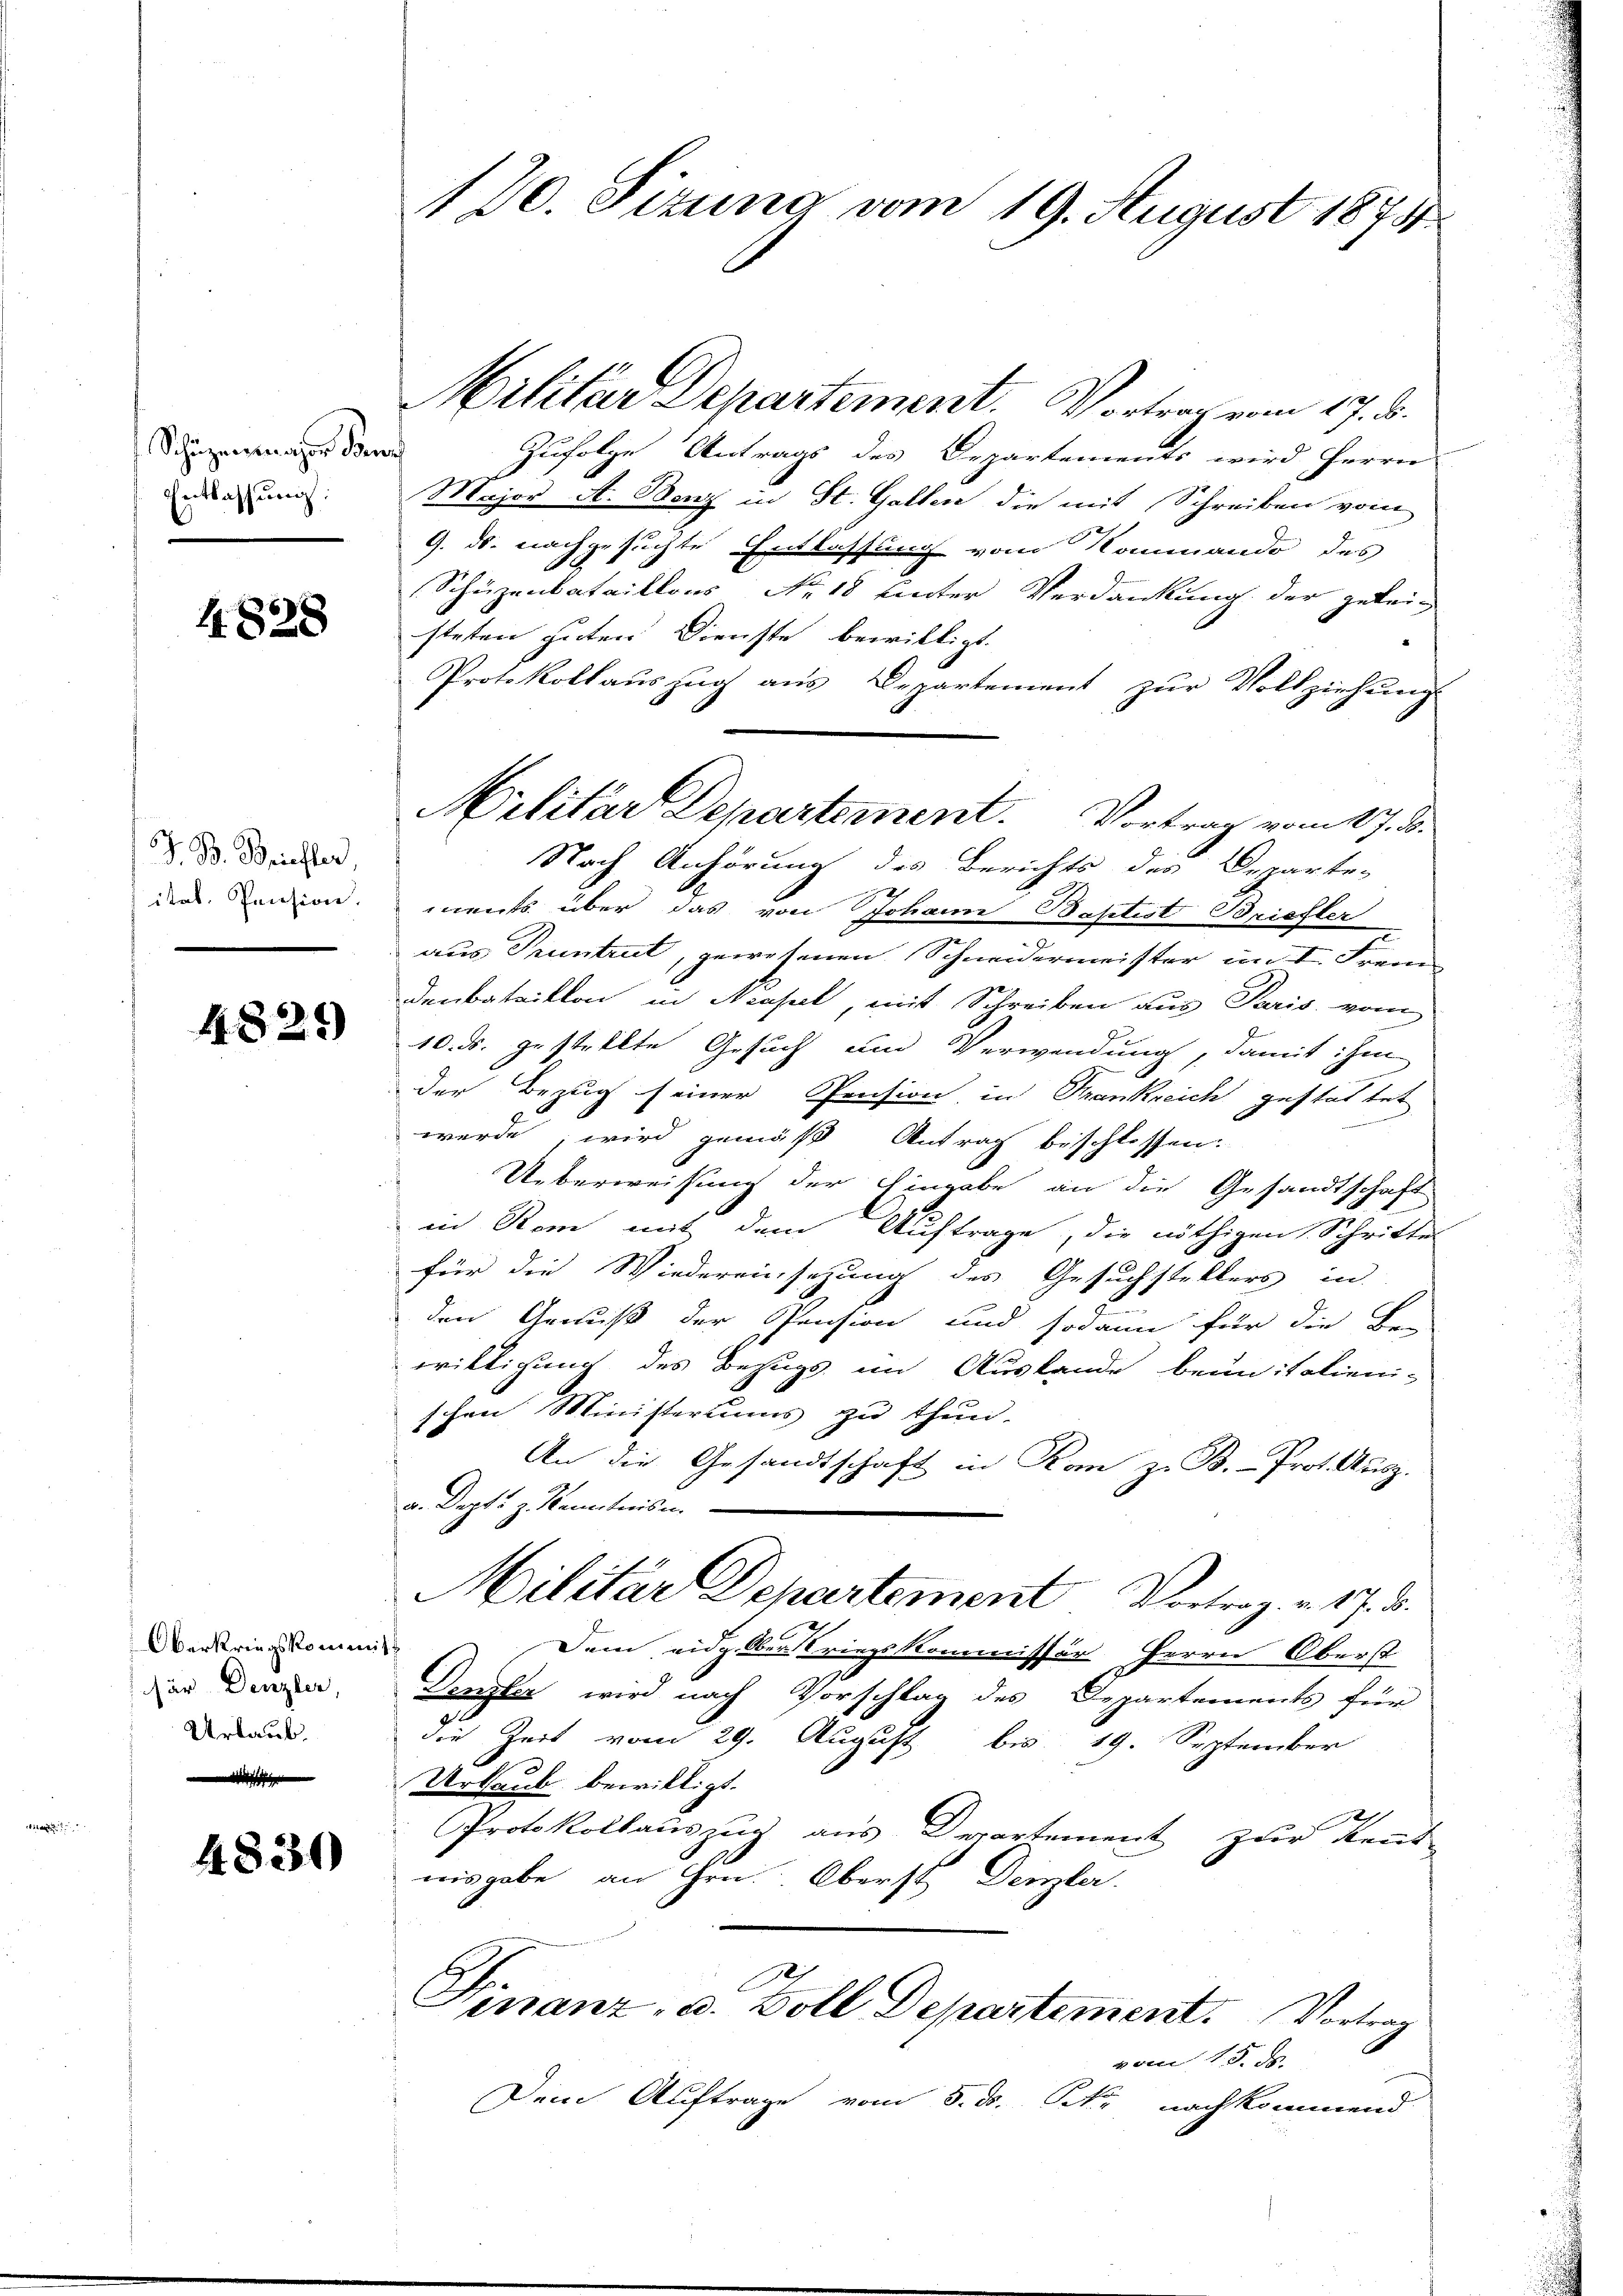
Schüzensnaher Sonn
Entlassung:

4828

J. B. Briefler,

4829)

Oberkriegskommitsar Denzler,
Urlaub.

4830

Militar Departement. Vortrag vom 17. d.
Zufolge Antrags des Departements wird Herrn
Major A. Benz in St. Gallen die mit Schreiben vom
9. ds. nachgesuchte Entlassung vom Kommando des
Schäzenbataillons No. 18 unter Verdankung der gelei-
steten guten Dienste bewilligt.
Protokollauszug aus Departement zŭr Vollziehung
Nach Anhörung des Berichts des Departe-
der Pension ments über das von Johann Baptist Briefter
aus Pruntrut, gewesenen Schneidermeister im I. Franz
Denbataillon in Neapel, mit Schreiben aus Paris vom
10. ds. gestellte Gesuch und Verwendung, damit ihm
der Bezug seiner Pension, in Frankreich gestattet
werde; wird gemäß Antrag beschlossen:
Ueberweisung der Eingabe an die Gesandtschaft
in Rom mit dem Auftrage, die nöthigen Schrittes
für die Wiedereinsetzung des Gesuchstellers in
den Genuß der Pension und sodann für die Be-
willigung des Bezugs im Auslande beunitalieni-
schen Ministeriums zu thun.
An die Gesandtschaft in Kon zu B.-Prot. Ausz.
a. Depts. z. Kenntnissen
Militar Departement Vortrag. v. 17. d.
Dem eidgeber Kriegskommissär Herrn Oberst
Denzler wird nach Vorschlag des Departements für
g
die Zeit vom 29. August bis 19. September
Urlaub bewilligt.
Protokollauszug aus Departement zur Kennt
nisgabe an Hrn. Oberst Denzler.
S
Finanz- u. Boll Departement. Vortrag
vom 15. d.
Dem Auftrage vom 5. ds. k. nachkommend

120. Sizung vom 19. August 1874

Militar Departement. Vortrag vom 17. d.